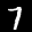
Label: 7